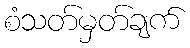
စံသတ်မှတ်ချက်